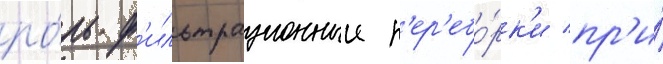
ро́ль ф'ильтрационныи п'ер'ебо́рк'и пр'и́